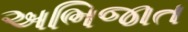
અભિજાત